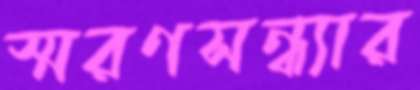
স্মরণসন্ধ্যার